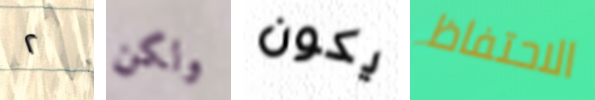
٢ ولكن يكون الاحتفاظ